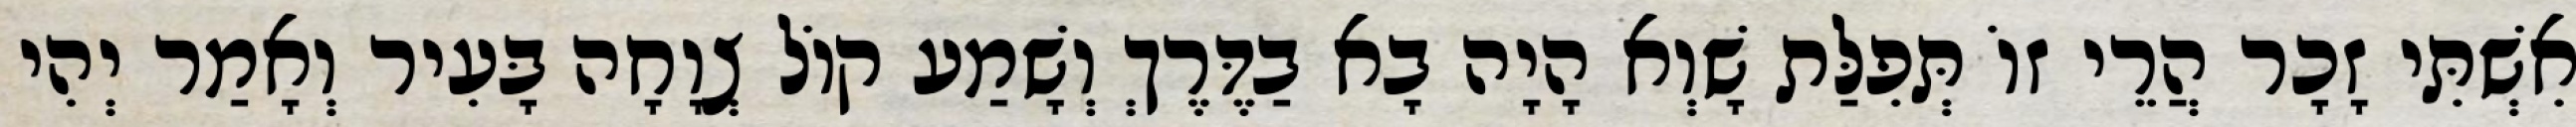
אִשְׁתִּי זָכָר הֲרֵי זוֹ תְּפִלַּת שָׁוְא הָיָה בָא בַדֶּרֶךְ וְשָׁמַע קוֹל צְוָחָה בָּעִיר וְאָמַר יְהִי